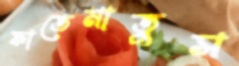
ফাতেমাতুস